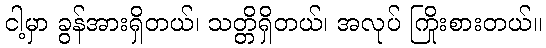
ငါ့မှာ ခွန်အားရှိတယ်၊ သတ္တိရှိတယ်၊ အလုပ် ကြိုးစားတယ်။